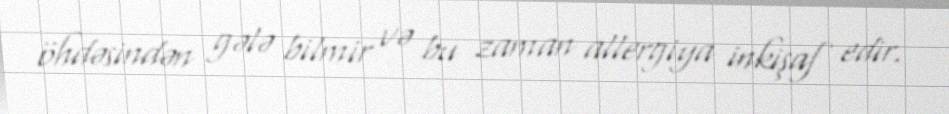
öhdəsindən gələ bilmir və bu zaman allergiya inkişaf edir.